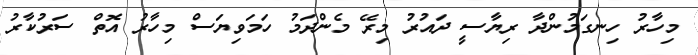
މިހާރު ހިނގަމުންދާ ރިޔާސީ ދައުރު މިރޭ މެންދަމު ހަމަވިޔަސް މިހާރު އޮތް ސަރުކާރު